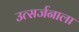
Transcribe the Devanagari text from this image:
उत्सर्जनाला